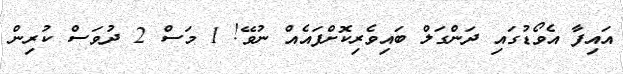
އައިފާ އެވޯޑުގައި ދަންގަލް ބައިވެރިކޮށްފައެއް ނުވޭ! 1 މަސް 2 ދުވަސް ކުރިން